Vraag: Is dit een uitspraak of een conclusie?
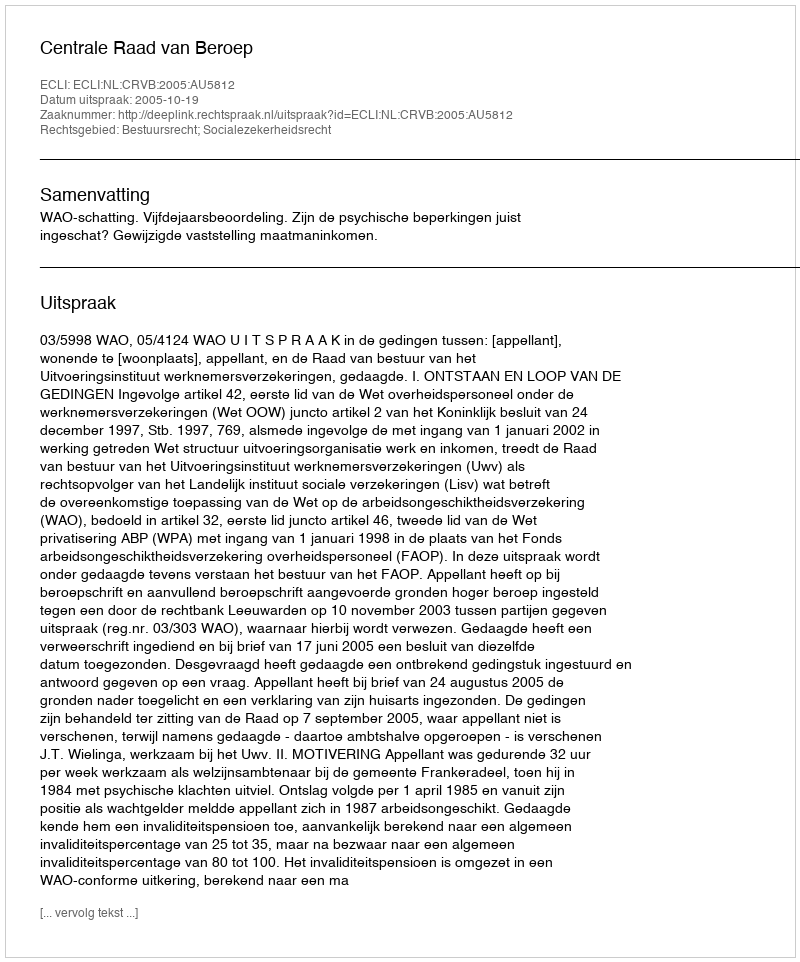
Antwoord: Uitspraak